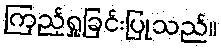
ကြည့်ရှုခြင်းပြုသည်။